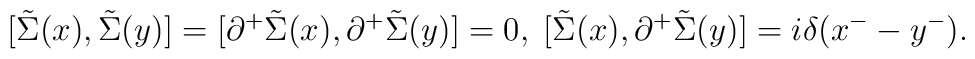
[\tilde{\Sigma}(x),\tilde{\Sigma}(y)]=[{\partial}^+\tilde{\Sigma}(x),{\partial}^+\tilde{\Sigma}(y)]=0, \; [\tilde{\Sigma}(x),{\partial}^+\tilde{\Sigma}(y)]=i{\delta}(x^--y^-).